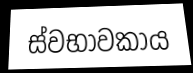
ස්වභාවකාය